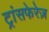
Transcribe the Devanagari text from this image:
ट्रांसफेरेज़